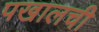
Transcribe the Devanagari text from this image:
पखालची